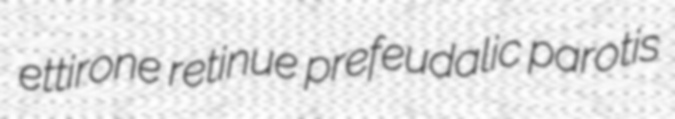
ettirone retinue prefeudalic parotis